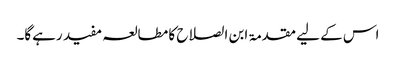
اس کے لیے مقدمۃ ابن الصلاح کا مطالعہ مفید رہےگا۔